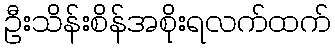
ဦးသိန်းစိန်အစိုးရလက်ထက်